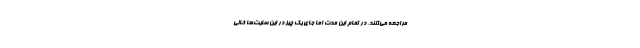
مراجعه می‌کنند. در تمام این مدت اما جای یک چیز در این سایت‌ها خالی